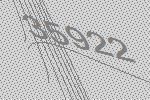
35922